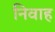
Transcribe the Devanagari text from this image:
निवाह